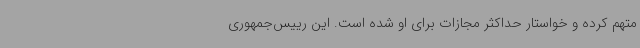
متهم کرده و خواستار حداکثر مجازات برای او شده است. این رییس‌جمهوری